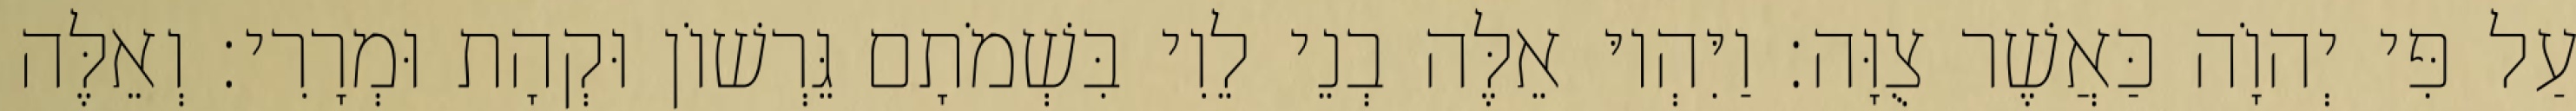
עַל פִּי יְהוָֹה כַּאֲשֶׁר צֻוָּה׃ וַיִּהְיוּ אֵלֶּה בְנֵי לֵוִי בִּשְׁמֹתָם גֵּרְשׁוֹן וּקְהָת וּמְרָרִי׃ וְאֵלֶּה